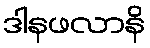
ဒါနဖလာနိ